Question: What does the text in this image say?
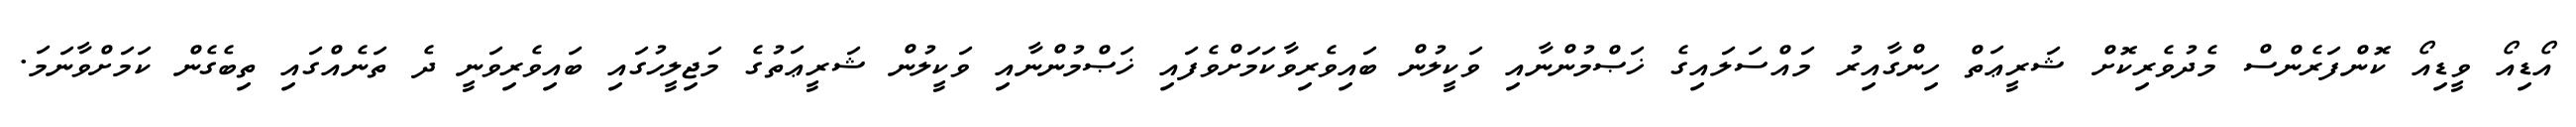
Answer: އޯޑިއޯ ވީޑިއޯ ކޮންފަރެންސް މެދުވެރިކޮށް ޝަރީޢަތް ހިންގާއިރު މައްސަލައިގެ ޚަޞްމުންނާއި ވަކީލުން ބައިވެރިވާކަމަށްވެފައި ޚަޞްމުންނާއި ވަކީލުން ޝަރީޢަތުގެ މަޖިލީހުގައި ބައިވެރިވަނީ ދެ ތަނެއްގައި ތިބެގެން ކަމަށްވާނަމަ.